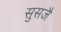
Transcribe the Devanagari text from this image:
सुसजै